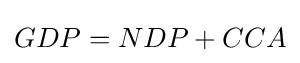
GDP=NDP+CCA